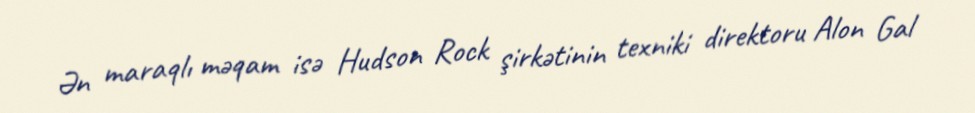
Ən maraqlı məqam isə Hudson Rock şirkətinin texniki direktoru Alon Gal